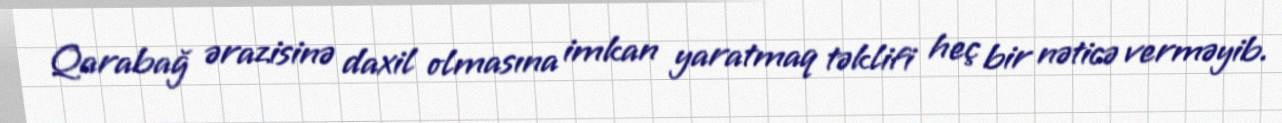
Qarabağ ərazisinə daxil olmasına imkan yaratmaq təklifi heç bir nəticə verməyib.